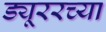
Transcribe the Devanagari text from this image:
ड्यूररच्या